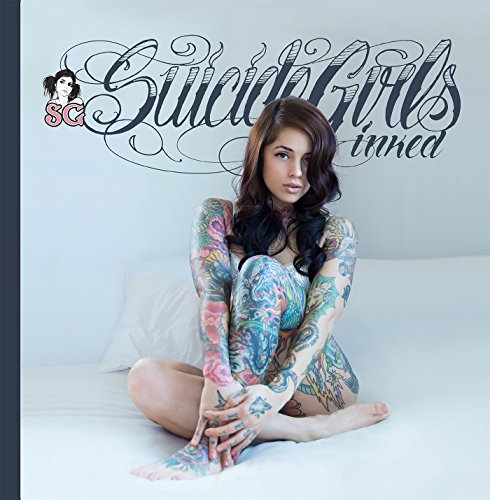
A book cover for SuicideGirls: Inked; Missy Suicide; Arts & Photography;